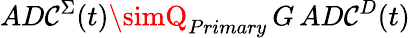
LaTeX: AD\mathcal{C}^{\Sigma}(t)\simQ_{Primary}\, G\, AD\mathcal{C}^{D}(t)